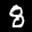
Label: 8